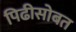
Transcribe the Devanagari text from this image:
पिढीसोबत